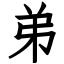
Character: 弟